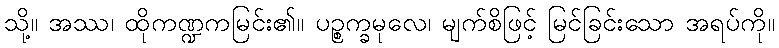
သို့။ အဿ၊ ထိုကဏ္ဍကမြင်း၏။ ပဉ္စက္ခမုလေ၊ မျက်စိဖြင့် မြင်ခြင်းသော အရပ်ကို။